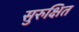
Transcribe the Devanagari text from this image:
सुरुक्षित